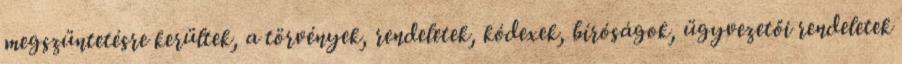
megszüntetésre kerültek, a törvények, rendeletek, kódexek, bíróságok, ügyvezetői rendeletek